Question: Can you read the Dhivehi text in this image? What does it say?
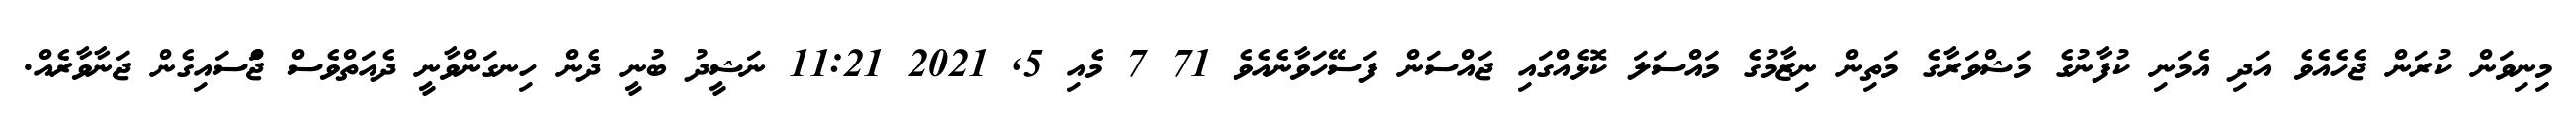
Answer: މިނިވަން ކުރަން ޖެހެއެވެ އަދި އެމަނި ކުފާނުގެ މަޝްވަރާގެ މަތިން ނިޒާމުގެ މައްސަލަ ކޮޅެއްގައި ޖައްސަން ފަސޭހަވާނެއެވެ 71 7 މެއި 5, 2021 11:21 ނަޝީދު ބުނީ ދެން ހިނގަންވާނީ ދެއަތްވެސް ޖަްްސައިގެން ޖަނާވާރެއް.